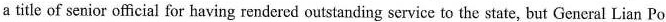
a title of senior official for having rendered outstanding service to the state, but General Lian Po